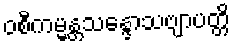
ဝစီကမ္မန္တသန္ဒောသဗျာပတ္တိ